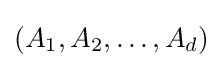
(A_{1},A_{2},\ldots ,A_{d})